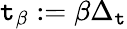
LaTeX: \mathtt{t}_{\beta}:=\beta\Delta_{\mathrm{{\mathtt{t}}}}